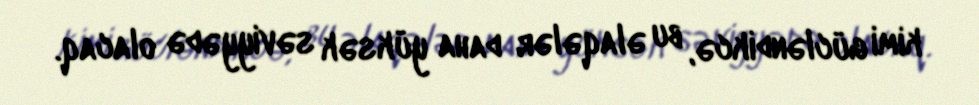
kimi gücləndikcə, bu əlaqələr daha yüksək səviyyədə olacaq.